Mental hospitals Bombay report 1929-33 - 1929-1933
Year: 1929
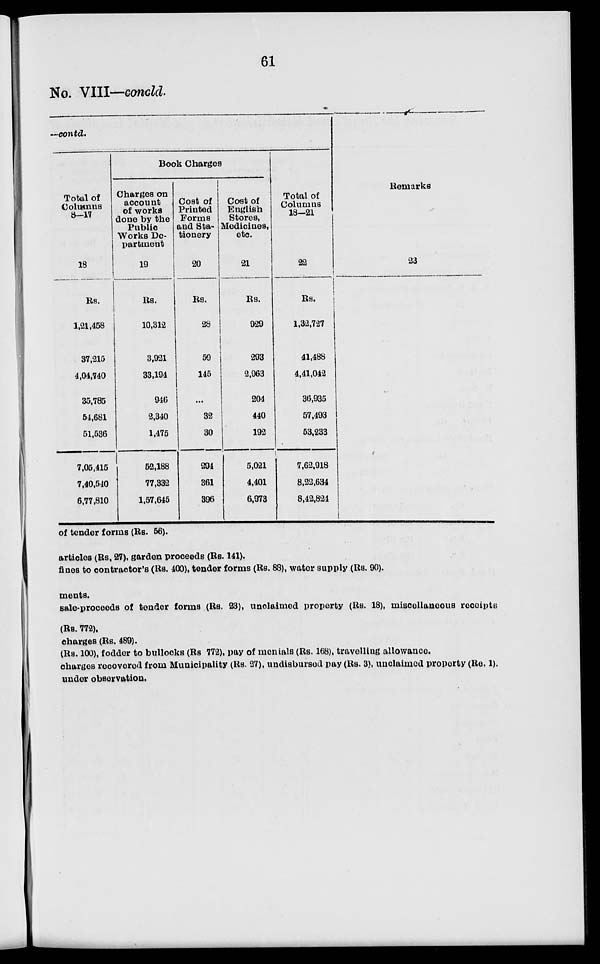
61
No. VIII—concld.
—contd.
Total of
Columns
8-17
18
Rs.
1,21,458
37,215
4,04,740
35,785
54,681
51,536
7,05,415
7,40,540
6,77,810
Book Charges
Charges on
account
of works
done by the
Public
Works De-
partment
19
Rs.
10,312
3,921
33,194
946
2,340
1,475
52,188
77,332
1,57,645
Cost of
Printed
Forms
and Sta-
tionery
20
Rs.
28
59
145
...
32
30
294
361
396
Cost of
English
Stores,
Medicines,
etc.
21
Rs.
929
293
2,963
204
440
192
5,021
4,401
6,973
Total of
Columns
18—21
22
Rs.
1,32,727
41,488
4,41,042
36,935
57,493
53,233
7,62,918
8,22,634
8,42,824
Remarks
23
of tender forms (Rs. 56).
articles (Rs, 27), garden proceeds (Rs. 141).
fines to contractor's (Rs. 400), tender forms (Rs. 88), water supply (Rs. 90).
ments.
sale-proceeds of tender forms (Rs. 23), unclaimed property (Rs. 18), miscellaneous receipts
(Rs. 772).
charges (Rs. 489).
(Rs. 100), fodder to bullocks (Rs 772), pay of menials (Rs. 168), travelling allowance.
charges recovered from Municipality (Rs. 27), undisbursed pay (Rs. 3), unclaimed property (Re. 1).
under observation.